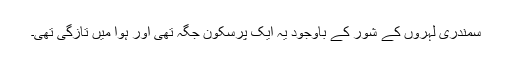
سمندری لہروں کے شور کے باوجود یہ ایک پرسکون جگہ تھی اور ہوا میں تازگی تھی۔